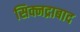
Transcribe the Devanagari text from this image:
सिक्नद्राबाद